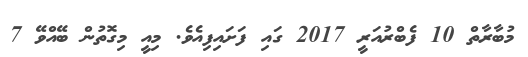
މުބާރާތް 10 ފެބްރުއަރީ 2017 ގައި ފަށައިފިއެވެ. މިއީ މިގޮތުން ބޭއްވޭ 7